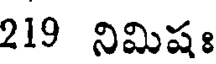
219 నిమిషః